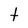
Character: t